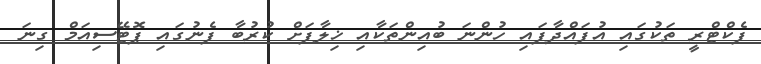
ފެކްޓްރީ ތަކުގައި އުފައްދާފައި ހުންނަ ބުއިންތަކާއި ޚިލާފަށް ކުރުބާ ފެނުގައި ޕޮޓޭސިއަމް ގިނަ